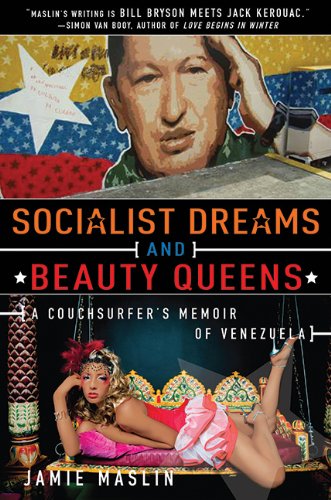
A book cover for Socialist Dreams and Beauty Queens: A Couchsurfer's Memoir of Venezuela; Jamie Maslin; Travel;